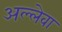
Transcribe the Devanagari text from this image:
अल्लेवा